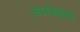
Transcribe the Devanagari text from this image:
कर्जकतबा